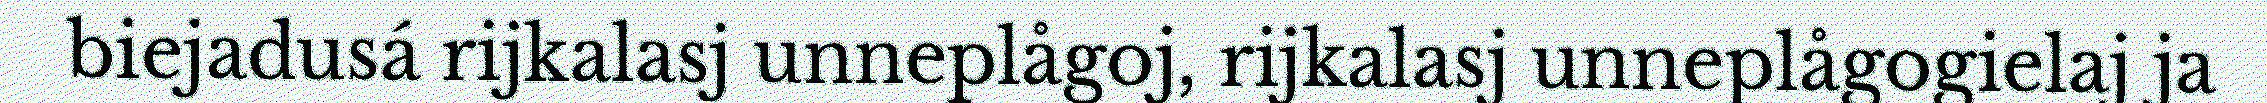
biejadusá rijkalasj unneplågoj, rijkalasj unneplågogielaj ja